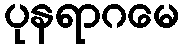
ပုနရာဂမေ